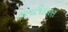
સામાજિકકરણ